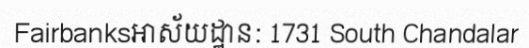
Fairbanksអាស័យដ្ឋាន: 1731 South Chandalar